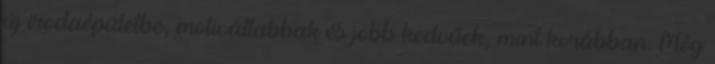
új irodaépületbe, motiváltabbak és jobb kedvűek, mint korábban. Még